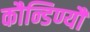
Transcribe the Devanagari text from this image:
कौन्डिण्यौ